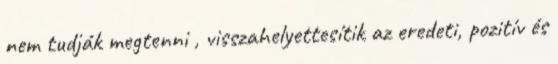
nem tudják megtenni , visszahelyettesítik az eredeti, pozitív és